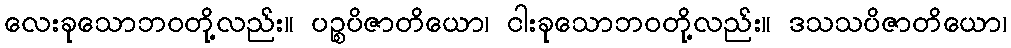
လေးခုသောဘဝတို့လည်း။ ပဉ္စပိဇာတိယော၊ ငါးခုသောဘဝတို့လည်း။ ဒသသပိဇာတိယော၊